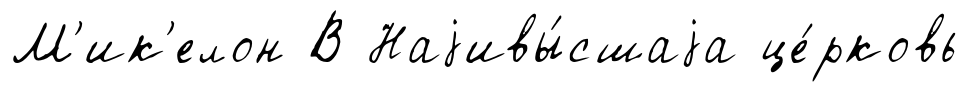
М'ик'елон В Наjивы́сшаjа це́рковь